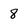
Character: 8